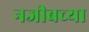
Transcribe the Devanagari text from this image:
नजीबच्या